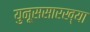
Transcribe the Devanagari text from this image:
युनूससारख्या